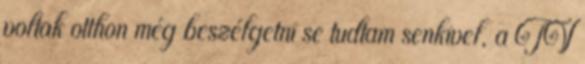
voltak otthon még beszélgetni se tudtam senkivel, a TV